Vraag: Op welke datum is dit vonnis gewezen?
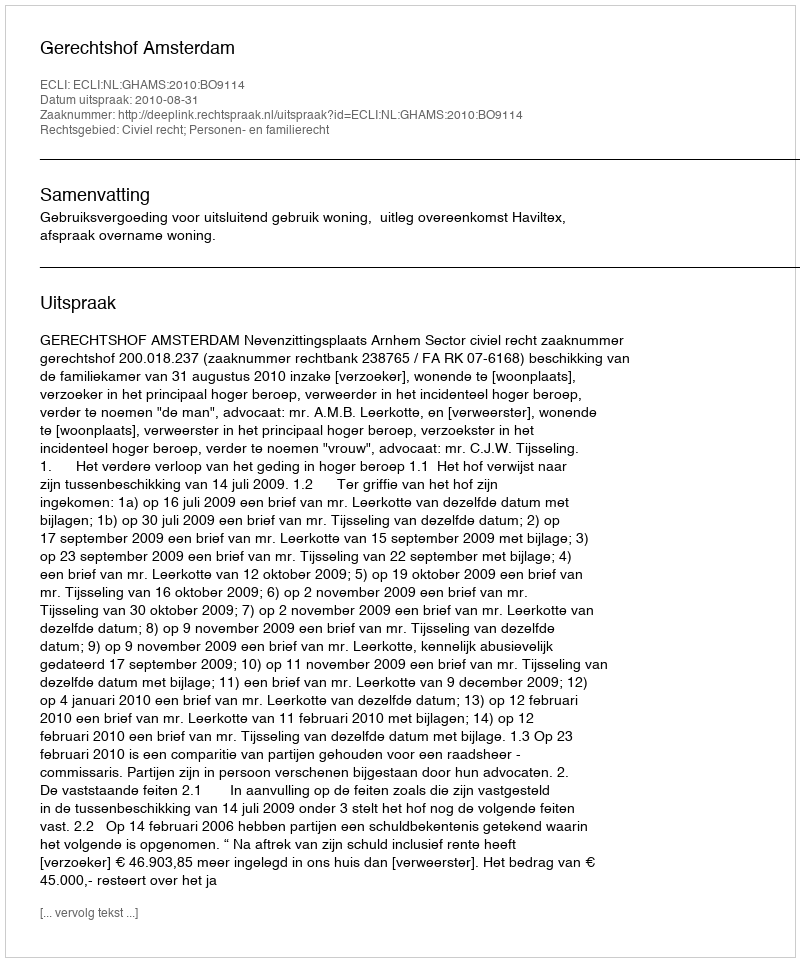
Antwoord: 2010-08-31